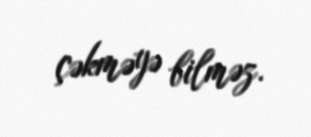
çəkməyə bilməz.